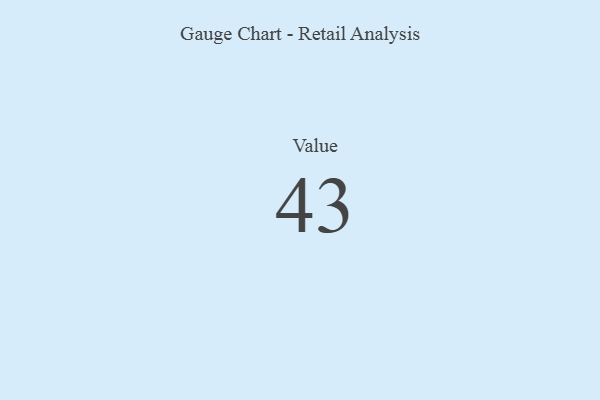
{"axis": {"x": "Metric", "y": "Value"}, "legend": [""], "data": [{"x": "Value", "y": 43, "type": ""}]}